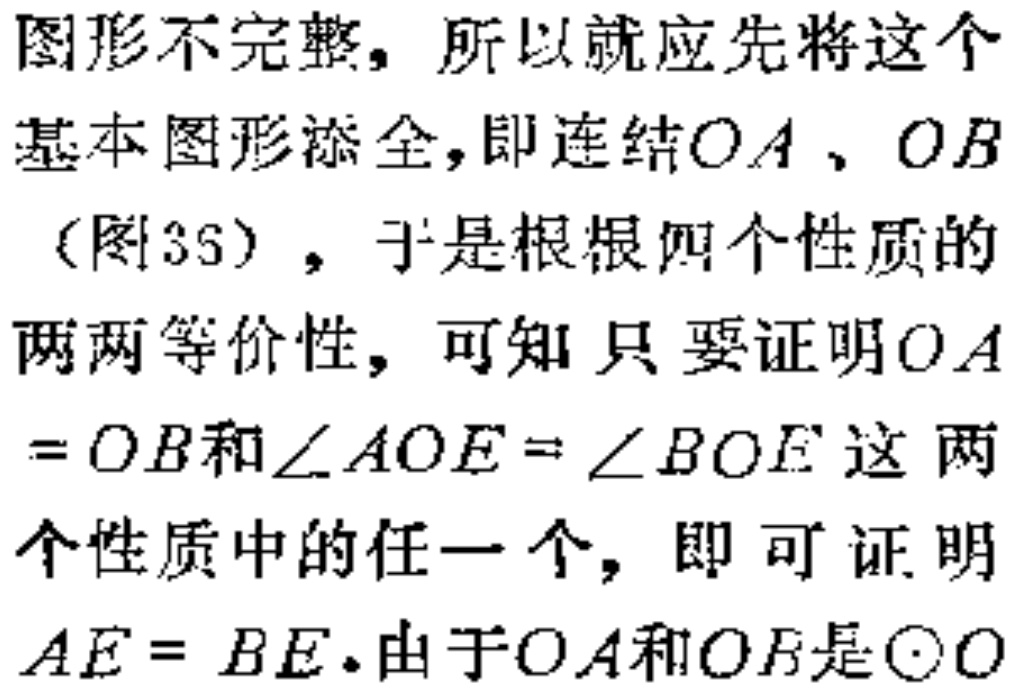
图形不完整，所以就应先将这个
基本图形添全，即连结\(OA\)、\(OB\)
（图35），于是根根四个性质的
两两等价性，可知只要证明\(OA\)
\( = OB\)和\(\angle AOE=\angle BOE\)这两
个性质中的任一个，即可证明
\(AE = BE\).由于\(OA\)和\(OB\)是\(\odot O\)